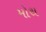
મોથ